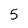
Character: 5